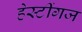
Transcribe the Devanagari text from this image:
हेस्टींगज